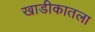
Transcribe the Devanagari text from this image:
खाडीकातला